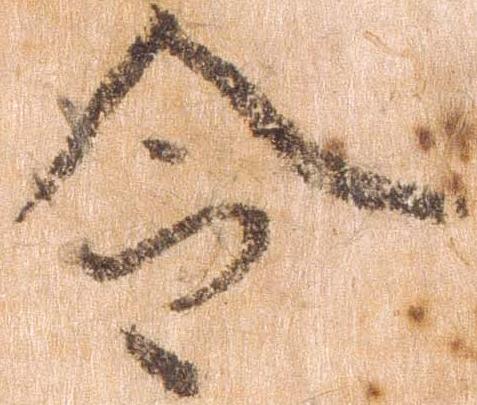
令